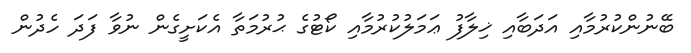
ބޭނުންކުރުމާއި އަދަބާއި ޚިލާފު ޢަމަލުކުރުމާއި ކޯޓުގެ ޙުރުމަތާ އެކަށީގެން ނުވާ ފަދަ ހެދުން